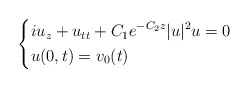
\begin{align*}\left\{\begin{aligned}&iu_z+ u_{tt}+C_1e^{-C_2 z} |u|^2u=0\\&u(0,t)=v_0(t)\end{aligned}\right.\end{align*}